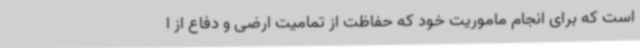
است که برای انجام ماموریت خود که حفاظت از تمامیت ارضی و دفاع از ا